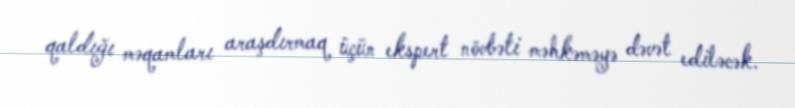
qaldığı məqamları araşdırmaq üçün ekspert növbəti məhkəməyə dəvət ediləcək.